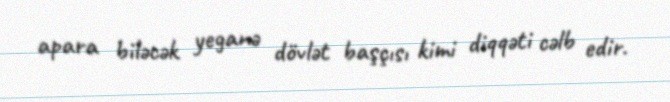
apara biləcək yeganə dövlət başçısı kimi diqqəti cəlb edir.